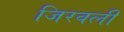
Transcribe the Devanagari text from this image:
जिरवली